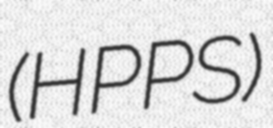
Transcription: (HPPS)